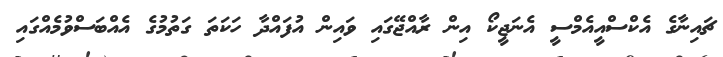
ޗައިނާގެ އެކްސްއީއެމްސީ އެނަޖީކޯ އިން ރާއްޖޭގައި ވައިން އުފައްދާ ހަކަތަ ގަތުމުގެ އެއްބަސްވުމެއްގައި